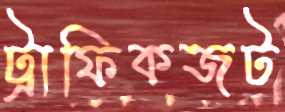
ট্রাফিকজট